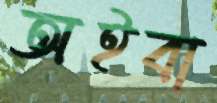
অইবা